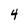
Character: 4